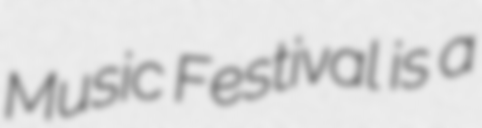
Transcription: Music Festival is a